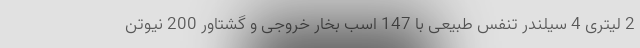
2 لیتری 4 سیلندر تنفس طبیعی با 147 اسب بخار خروجی و گشتاور 200 نیوتن